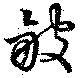
皺